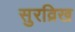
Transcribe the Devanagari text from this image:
सुरव्रिख